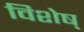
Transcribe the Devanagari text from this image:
विशेष्